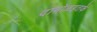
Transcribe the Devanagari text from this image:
दाभोळइतके